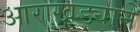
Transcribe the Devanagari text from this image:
आराखड्याने